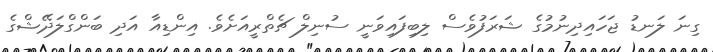
ގިނަ ލަނޑު ޖަހައިދިނުމުގެ ޝަރަފުވެސް ލިބިފައިވަނީ ސުނިލް ޗެތްރީއަށެވެ. އިންޑިއާ އަދި ބަންގްލަދޭޝްގެ